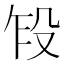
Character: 𬆢